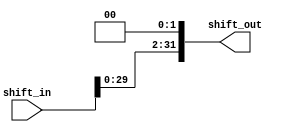
module branch_shiftleft2 (shift_in, shift_out);
	input [31:0] shift_in;
	output [31:0] shift_out;
	assign shift_out[31:0]={shift_in[29:0],2'b00};
endmodule